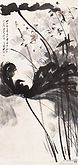
断无蜂蝶慕幽香，红衣脱尽芳心苦。